Vaccination in Bombay 1874-1876 - 1874-1876
Year: 1874
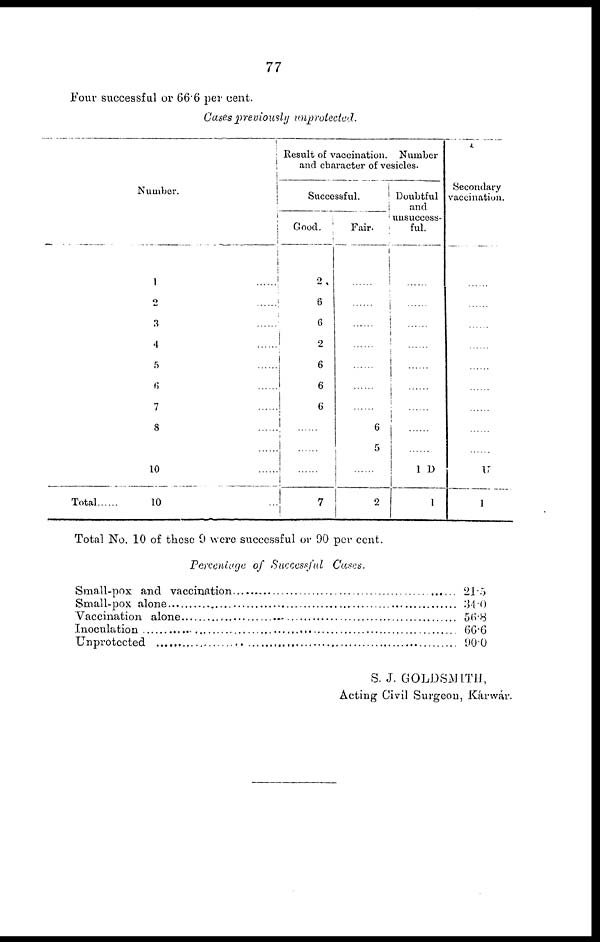
77
Four successful or 66.6 per cent.
Cases previously unprotected.
Number.
1
2
3
4
5
6
7 ......
8 .......
.......
10 .......
Total
10
Result of vaccination. Number
and character of vesicles.
Successful.
Good.
2
6
6
2
6
6
6
.......
.......
.......
7
Fair.
.......
.......
.......
.......
.......
6
5
.......
2
Doubtful
and
unsuccess-
ful.
.......
.......
.......
.......
.......
.......
.......
1 D
1
Secondary
vaccination.
.......
.......
.......
.......
.......
.......
.......
.......
.......
U
1
Total No. 10 of these 9 were successful or 90 per cent.
Percentage of Successful Cases.
Small-pox and vaccination . . . . . . . . . . . . . . . . . . . . . . . . . . . . . . . . . . . .
Small-pox alone . . . . . . . . . . . . . . . . . . . . . . . . . . . . . . . . . . . . . . . . . . . .
Vaccination alone . . . . . . . . . . . . . . . . . . . . . . . . . . . . . . . . . . . . . . . . . . .
Inoculation . . . . . . . . . . . . . . . . . . . . . . . . . . . . . . . . . . . . . . . . . . . . . . . .
Unprotected . . . . . . . . . . . . . . . . . . . . . . . . . . . . . . . . . . . . . . . . . . . . . . .
21.5
34.0
56.8
66.6
90.0
S. J. GOLDSMITH,
Acting Civil Surgeon, Kárwár.